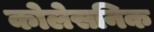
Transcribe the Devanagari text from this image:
कोलेसनिक